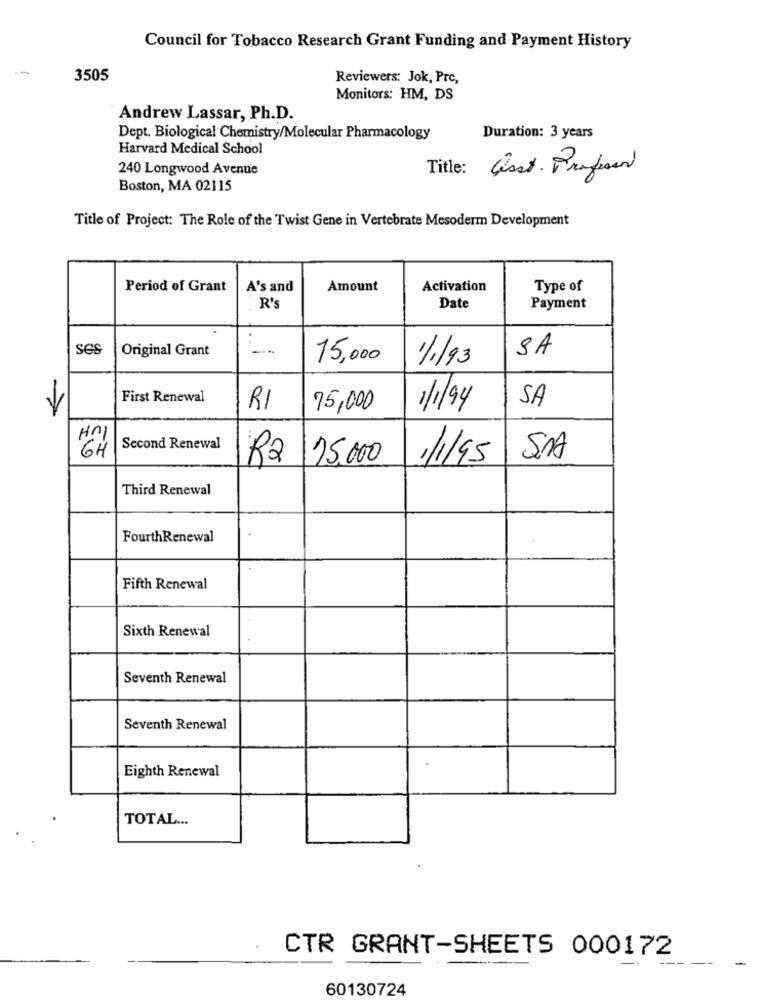
Council for Tobacco Research Grant Funding and Payment History
.-
3505
Reviewers: Jok, Prc,
Monitors: HM, DS
Andrew Lassar, Ph.D.
Dept. Biological Chemistry/Molecular Pharmacology
Duration: 3 years
Harvard Medical School
240 Longwood Avenue
Title:
Cast. Profesor
Boston, MA 02115
Title of Project: The Role of the Twist Gene in Vertebrate Mesoderm Development
Period of Grant
A's and
Amount
Activation
Type of
Date
R's
Payment
ses
Original Grant
--
SA
15,000
1/1/93
First Renewal
SA
RI
75,000
1/1/94
Second Renewal
6H
R2 15,000
1/1/95
SA
Third Renewal
FourthRenewal
Fifth Renewal
Sixth Renewal
Seventh Renewal
Seventh Renewal
Eighth Renewal
TOTAL ...
CTR GRANT-SHEETS 000172
-
-
60130724